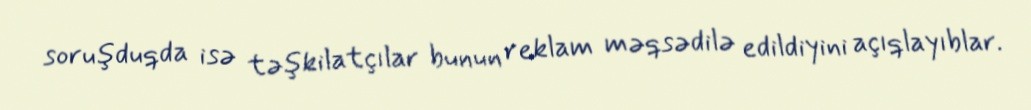
soruşduqda isə təşkilatçılar bunun reklam məqsədilə edildiyini açıqlayıblar.